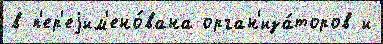
в п'ер'еjим'ено́вана орган'иза́торов и